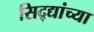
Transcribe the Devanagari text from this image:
सिद्द्यांच्या